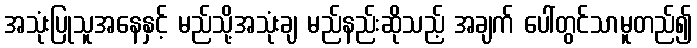
အသုံးပြုသူအနေနှင့် မည်သို့အသုံးချ မည်နည်းဆိုသည့် အချက် ပေါ်တွင်သာမူတည်၍